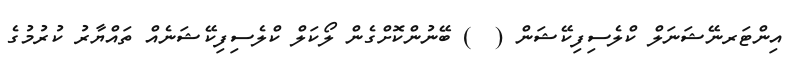
އިންޓަރނޭޝަނަލް ކްލެސިފިކޭޝަން (  ) ބޭނުންކޮށްގެން ލޯކަލް ކްލެސިފިކޭޝަނެއް ތައްޔާރު ކުރުމުގެ